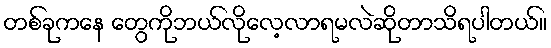
တစ်ခုကနေ တွေကိုဘယ်လိုလေ့လာရမလဲဆိုတာသိရပါတယ်။